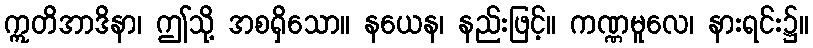
ဣတိအာဒိနာ၊ ဤသို့ အစရှိသော။ နယေန၊ နည်းဖြင့်။ ကဏ္ဏမူလေ၊ နားရင်း၌။